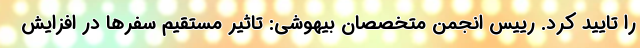
را تایید کرد. رییس انجمن متخصصان بیهوشی: تاثیر مستقیم سفرها در افزایش